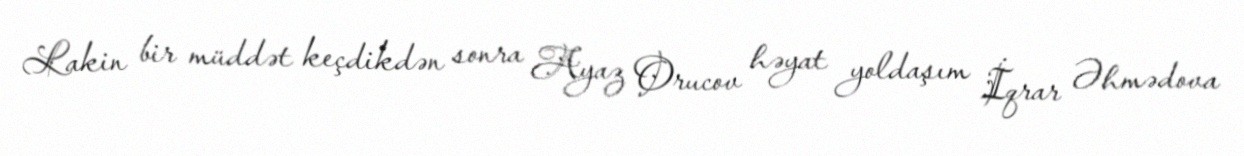
Lakin bir müddət keçdikdən sonra Ayaz Orucov həyat yoldaşım İqrar Əhmədova